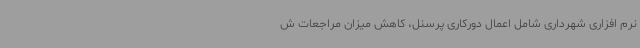
نرم افزاری شهرداری شامل اعمال دورکاری پرسنل، کاهش میزان مراجعات ش